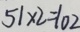
5 1 \times 2 = 1 0 2